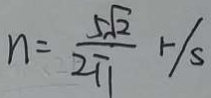
n = \frac { 5 \sqrt { 2 } } { 2 \pi } r / s